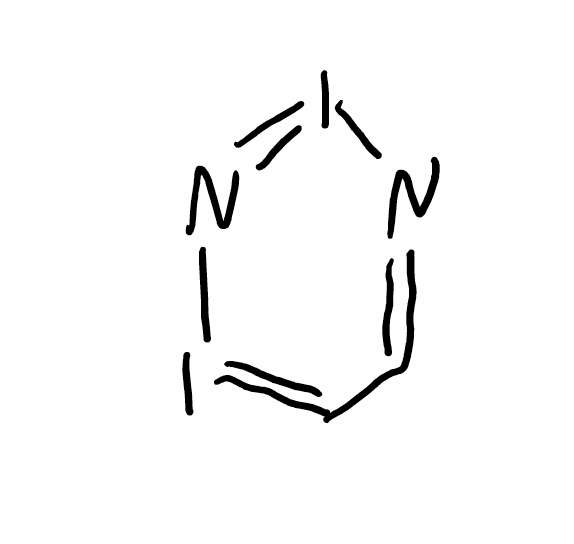
Simplified molecular-input line-entry system (SMILES) notation of the given molecule:
C1=NI=NI=C1